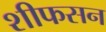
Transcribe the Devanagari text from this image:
शीफसन